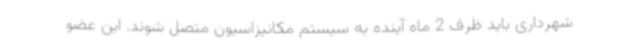
شهرداری باید ظرف 2 ماه آینده به سیستم مکانیزاسیون متصل شوند. این عضو